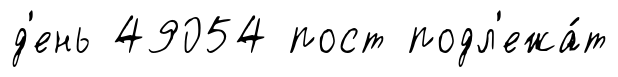
д'ень 49054 пост подл'ежа́т